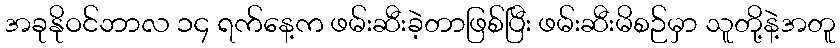
အခုနိုဝင်ဘာလ ၁၄ ရက်နေ့က ဖမ်းဆီးခဲ့တာဖြစ်ပြီး ဖမ်းဆီးမိစဉ်မှာ သူတို့နဲ့အတူ